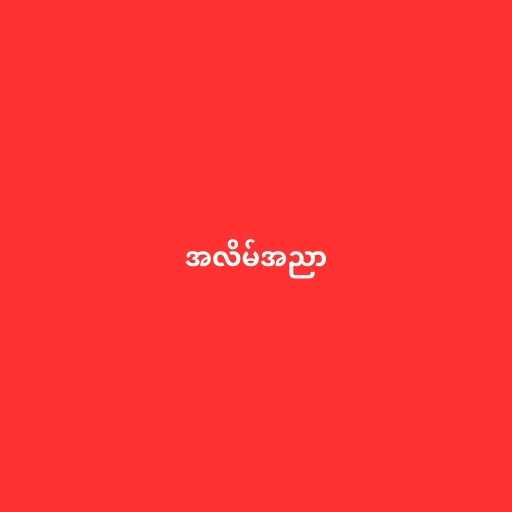
အလိမ်အညာ